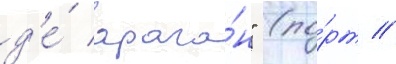
д'е́ арага́н" (по́рт //